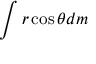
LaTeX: \int r \cos \theta d m